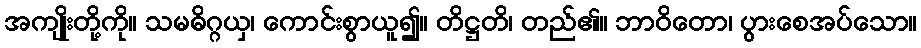
အကျိုးတို့ကို။ သမဓိဂ္ဂယှ၊ ကောင်းစွာယူ၍။ တိဋ္ဌတိ၊ တည်၏။ ဘာဝိတော၊ ပွားစေအပ်သော။